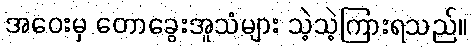
အဝေးမှ တောခွေးအူသံများ သဲ့သဲ့ကြားရသည်။